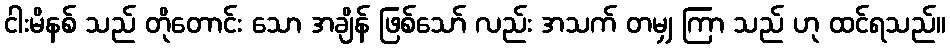
ငါးမိနစ် သည် တိုတောင်း သော အချိန် ဖြစ်သော် လည်း အသက် တမျှ ကြာ သည် ဟု ထင်ရသည်။